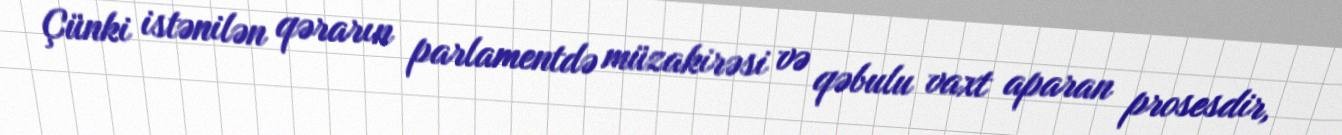
Çünki istənilən qərarın parlamentdə müzakirəsi və qəbulu vaxt aparan prosesdir,